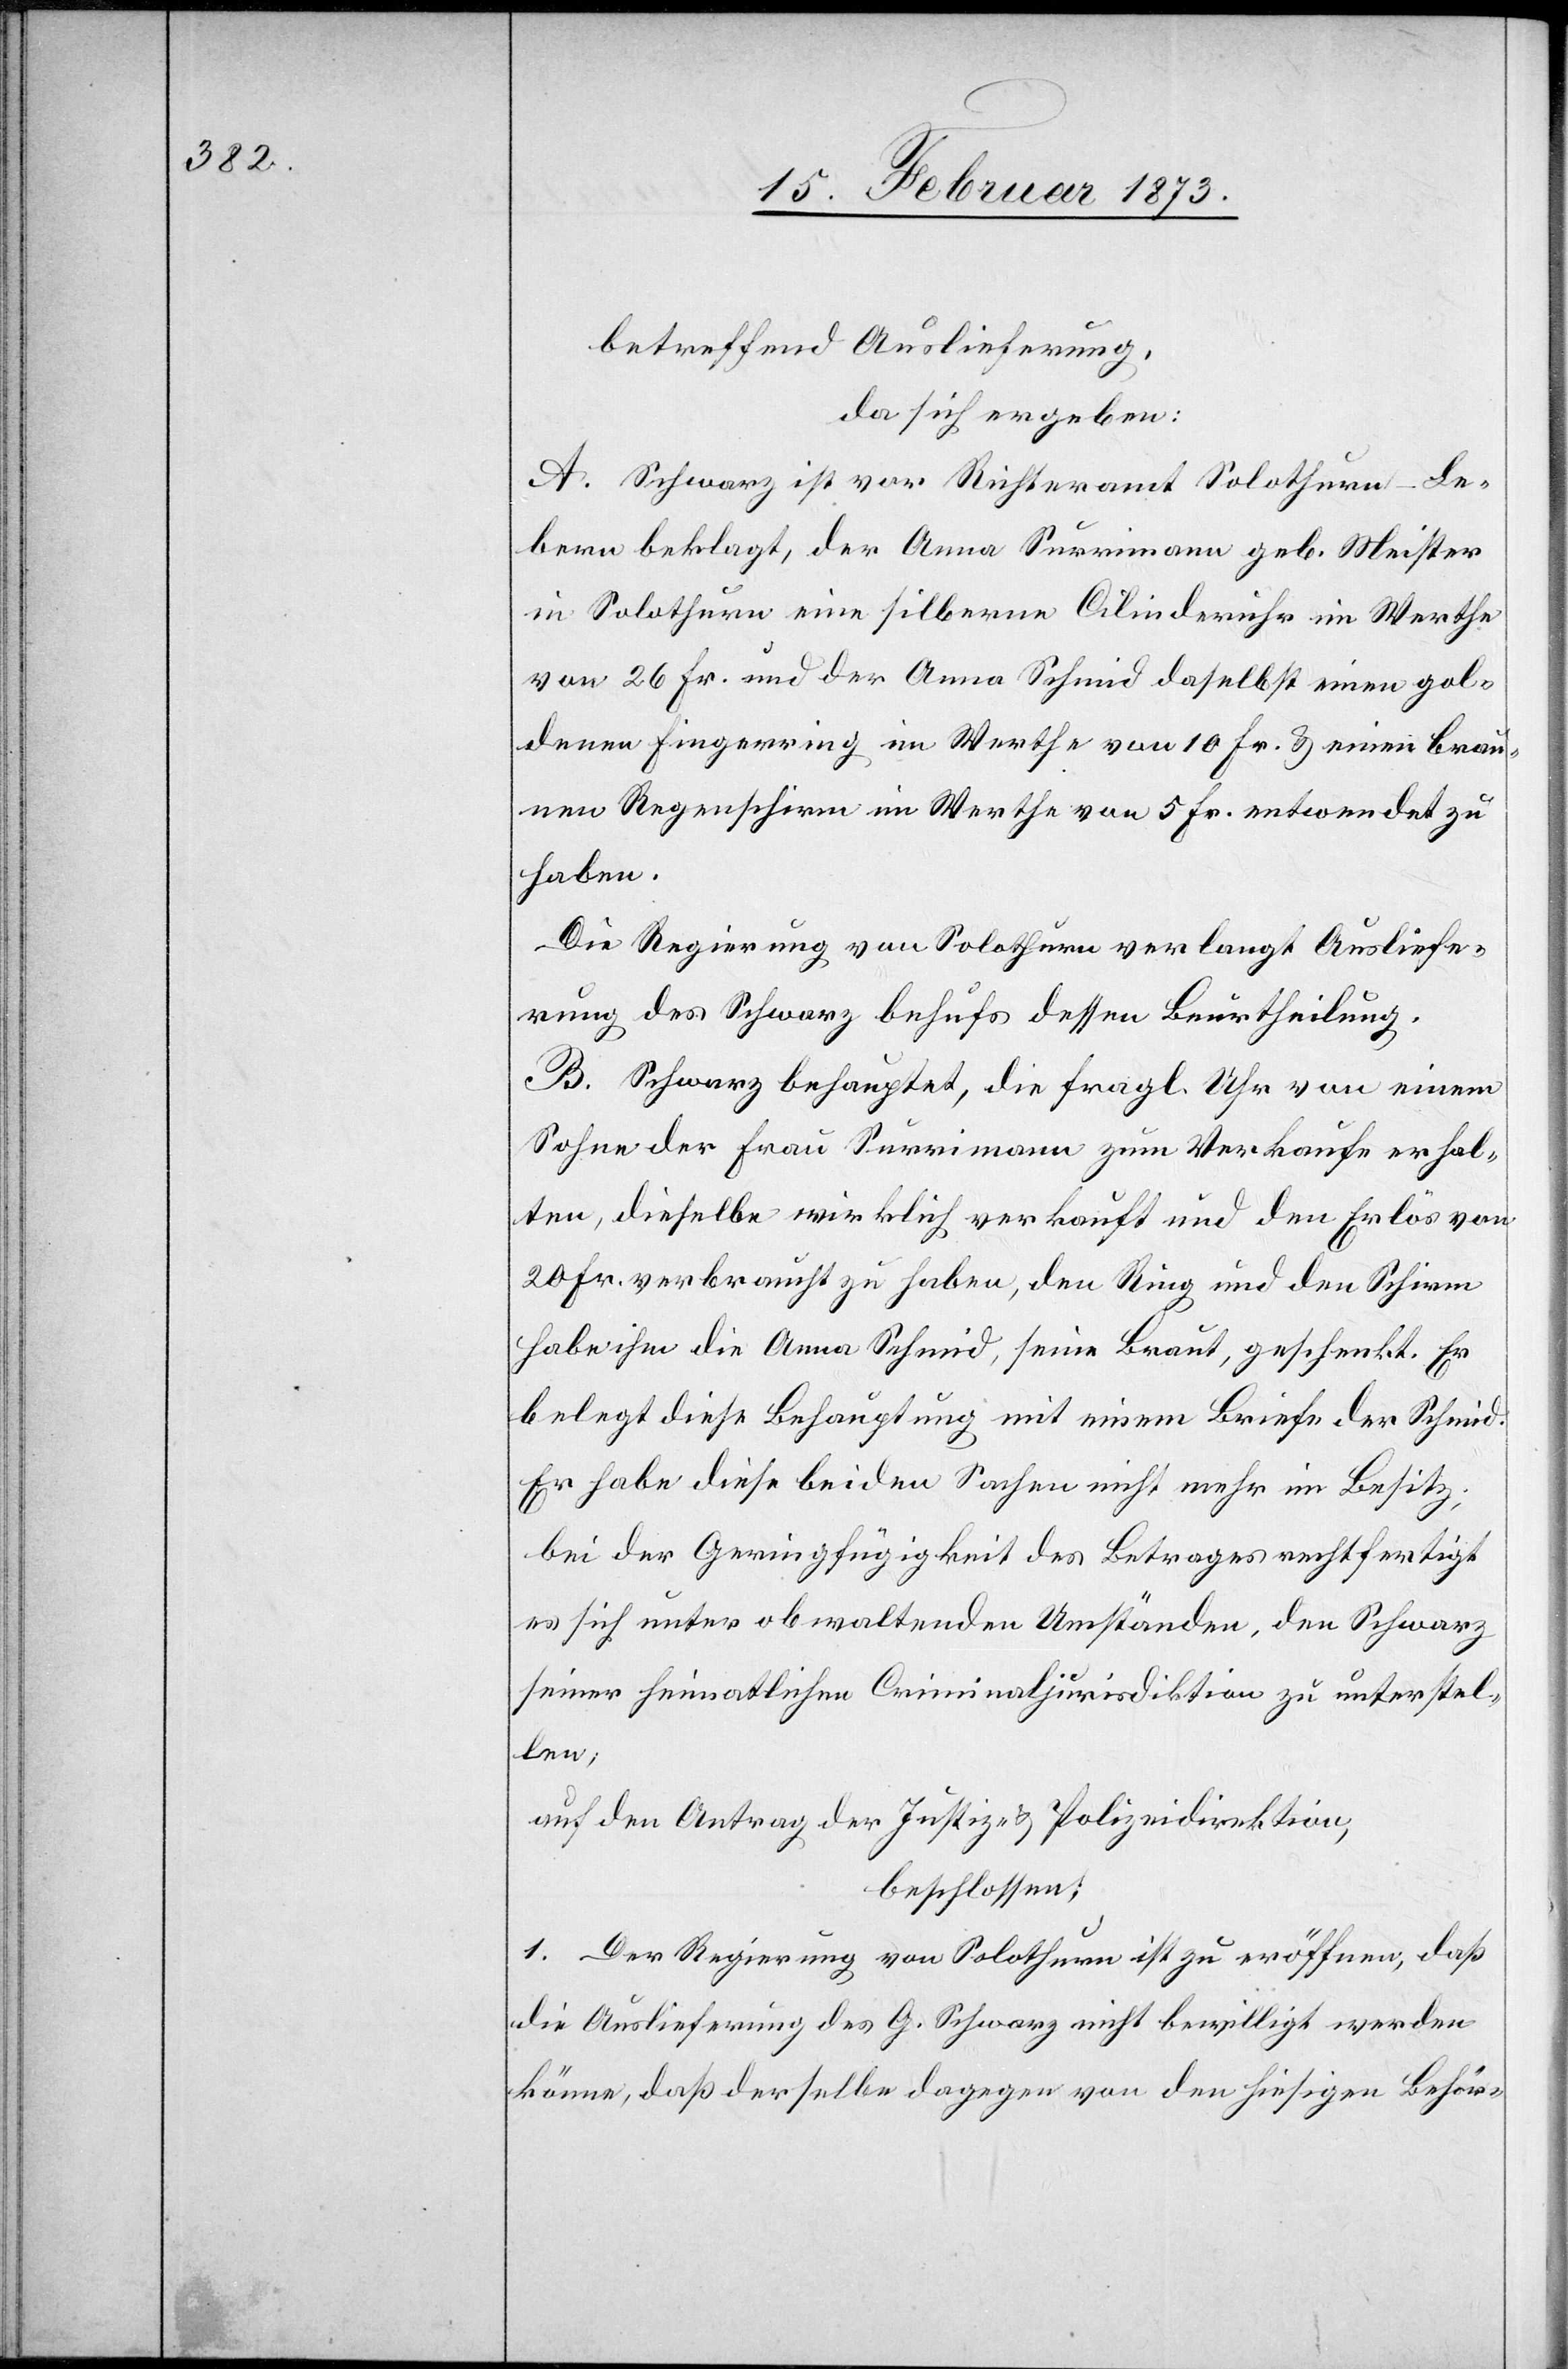
betreffend Auslieferung,
da sich ergeben:
A. Schwarz ist vor Richteramt Solothurn-Le¬
bern beklagt, der Anna Surrimann geb. Meister
in Solothurn eine silberne Cilinderuhr im Werthe
von 26 Fr. und der Anna Schmid daselbst einen gol¬
denen Fingerring im Werthe von 10 Fr. u. einen Brau¬
nen Regenschirm im Werthe von 5 Fr. entwendet zu
haben.
Die Regierung von Solothurn verlangt Ausliefe¬
rung des Schwarz behufs dessen Beurtheilung.
B. Schwarz behauptet, die fragl. Uhr von einem
Sohne der Frau Surrimann zum Verkaufe erhal¬
ten, dieselbe wirklich verkauft und den Erlös von
20 Fr. verbraucht zu haben, den Ring und den Schirm
habe ihm die Anna Schmid, seine Braut, geschenkt. Er
belegt diese Behauptung mit einem Briefe der Schmid.
Er habe diese beiden Sachen nicht mehr im Besitz;
bei der Geringfügigkeit des Betrages rechtfertigt
er sich unter obwaltenden Umständen, den Schwarz
seiner heimathlichen Criminaljurisdiktion zu unterstel¬
len;
auf den Antrag der Justiz- u. Polizeidirektion,
beschlossen:
1. Der Regierung von Solothurn ist zu eröffnen, daß
die Auslieferung des G. Schwarz nicht bewilligt werden
könne, daß derselbe dagegen von den hiesigen Behör-